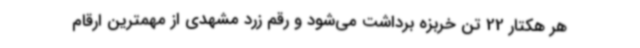
هر هکتار 22 تن خربزه برداشت می‌شود و رقم زرد مشهدی از مهمترین ارقام